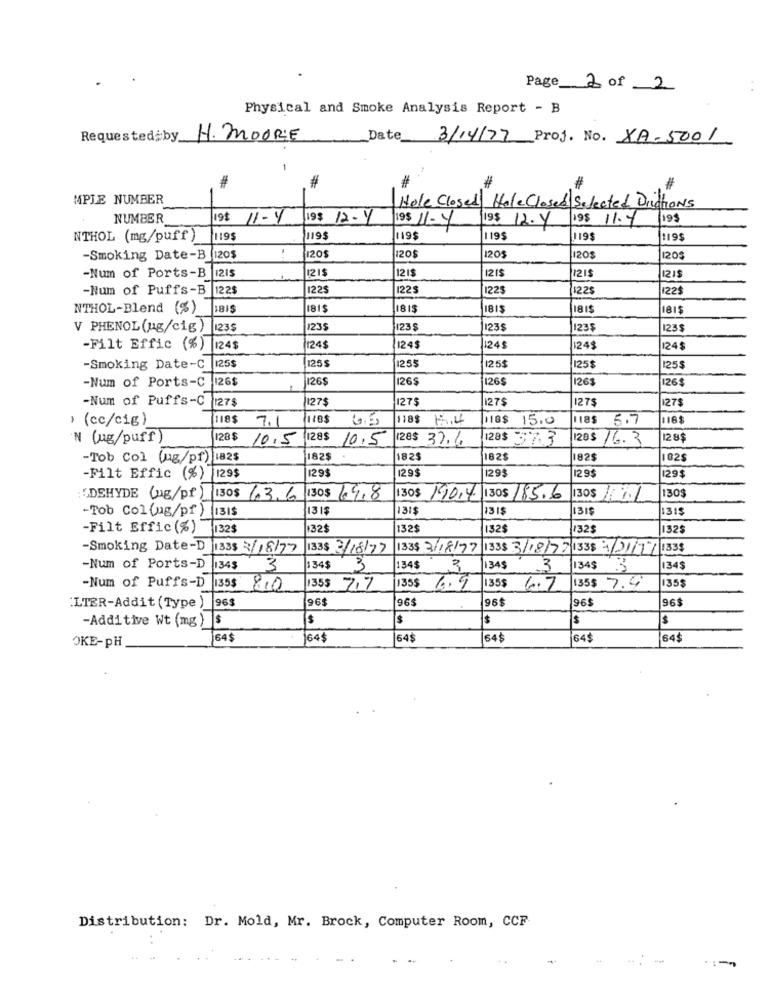
Page 2 of2
Physical and Smoke Analysis Report - B
Requested by_
H. MOORE
Date_
3/14/77 Proj. No. XA-5001
1
#
#
#
MPLE NUMBER
Hole Closed Hale Closed Selected Ditions
NUMBER
19$ 11-4
19$ 12-4
195 12.7
19$ 11.4
195
9$ 11-4
NTHOL (mg/puff )
119$
119$
119$
1195
119$
-Smoking Date-B
1205
120$
120$
1205
120$
120$
21$
121$
1215
121$
-Num of Ports-B |1215
1215
-Num of Puffs-B
122$
122$
122$
1225
1225
1225
NTHOL-Blend (%)
1815
815
18I$
181$
V PHENOL (ug/cig ) |123$
123$
123 $
123$
1235
123$
-Filt Effic (%)
1245
124$
24$
124$
124$
24 $
-Smoking Date-C
125$
125 $
1255
125$
125$
1255
-Num of Ports-C 126$
126$
126$
126$
1263
1265
-Num of Puffs-C
127$
1275
127$
1275
1275
127$
› (cc/cig)
118$
7.1
118$ 15,4
18$ 15.0
18$
5.7
116$
N (ug/puff )
128 $
10.5
128$
10.5
128$ 37.6
128$ 37 3
28$ 16.3
28$
-Tob Col (ug/pr) 182$
1825
182
182$
182$
02$
129
-Filt Effic (%)
29$
129$
129$
129$
1295
30$
DEHYDE (ug/pf) 130$ /3,6 130$ 69.8
130$ 190,4 1305/85.6
130$ 1
-Tob Col(ug/pf) |131$
1315
131$
131$
315
315
-Filt Effic (%)
132$
32$
132$
1325
132$
1325
-Smoking Date-D 133$ 3/18/77
133$ 2/18/77
133$ 3/18/77 1335 3/18/77 1338 1/21/7/ 1333
-Num of Ports-D
1345
3
134$
3
1345
3
345
3
1349
3
134$
135$
-Num of Puffs-D 135$ 810
35$ 7.7
1355
6.9
6.7
135$ 7.9
35$
963
96$
96$
96$
96$
96$
:LTER-Addit (Type
$
$
$
$
-Additive Wt (mg )
64$
64$
64$
64$
64$
64$
OKE-pH
Distribution: Dr. Mold, Mr. Brock, Computer Room, CCF